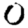
Digit: 0